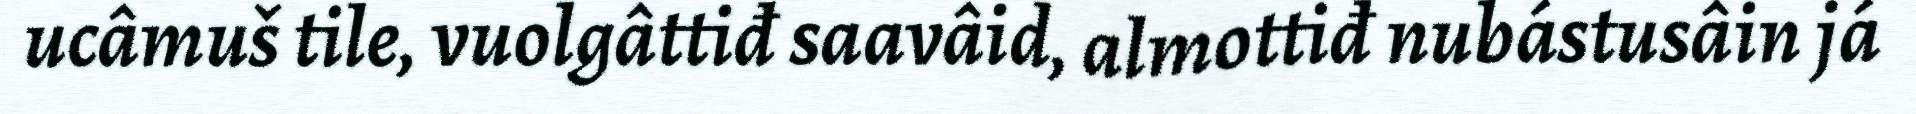
ucâmuš tile, vuolgâttiđ saavâid, almottiđ nubástusâin já